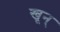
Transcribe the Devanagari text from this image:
खून्